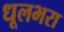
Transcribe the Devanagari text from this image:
धूलभरा